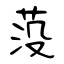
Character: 莈